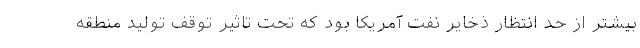
بیشتر از حد انتظار ذخایر نفت آمریکا بود که تحت تاثیر توقف تولید منطقه